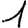
Digit: 1